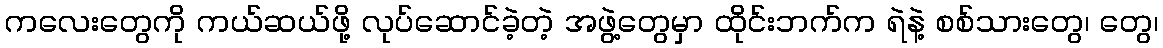
ကလေးတွေကို ကယ်ဆယ်ဖို့ လုပ်ဆောင်ခဲ့တဲ့ အဖွဲ့တွေမှာ ထိုင်းဘက်က ရဲနဲ့ စစ်သားတွေ၊ တွေ၊